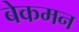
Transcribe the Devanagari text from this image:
बेकमन